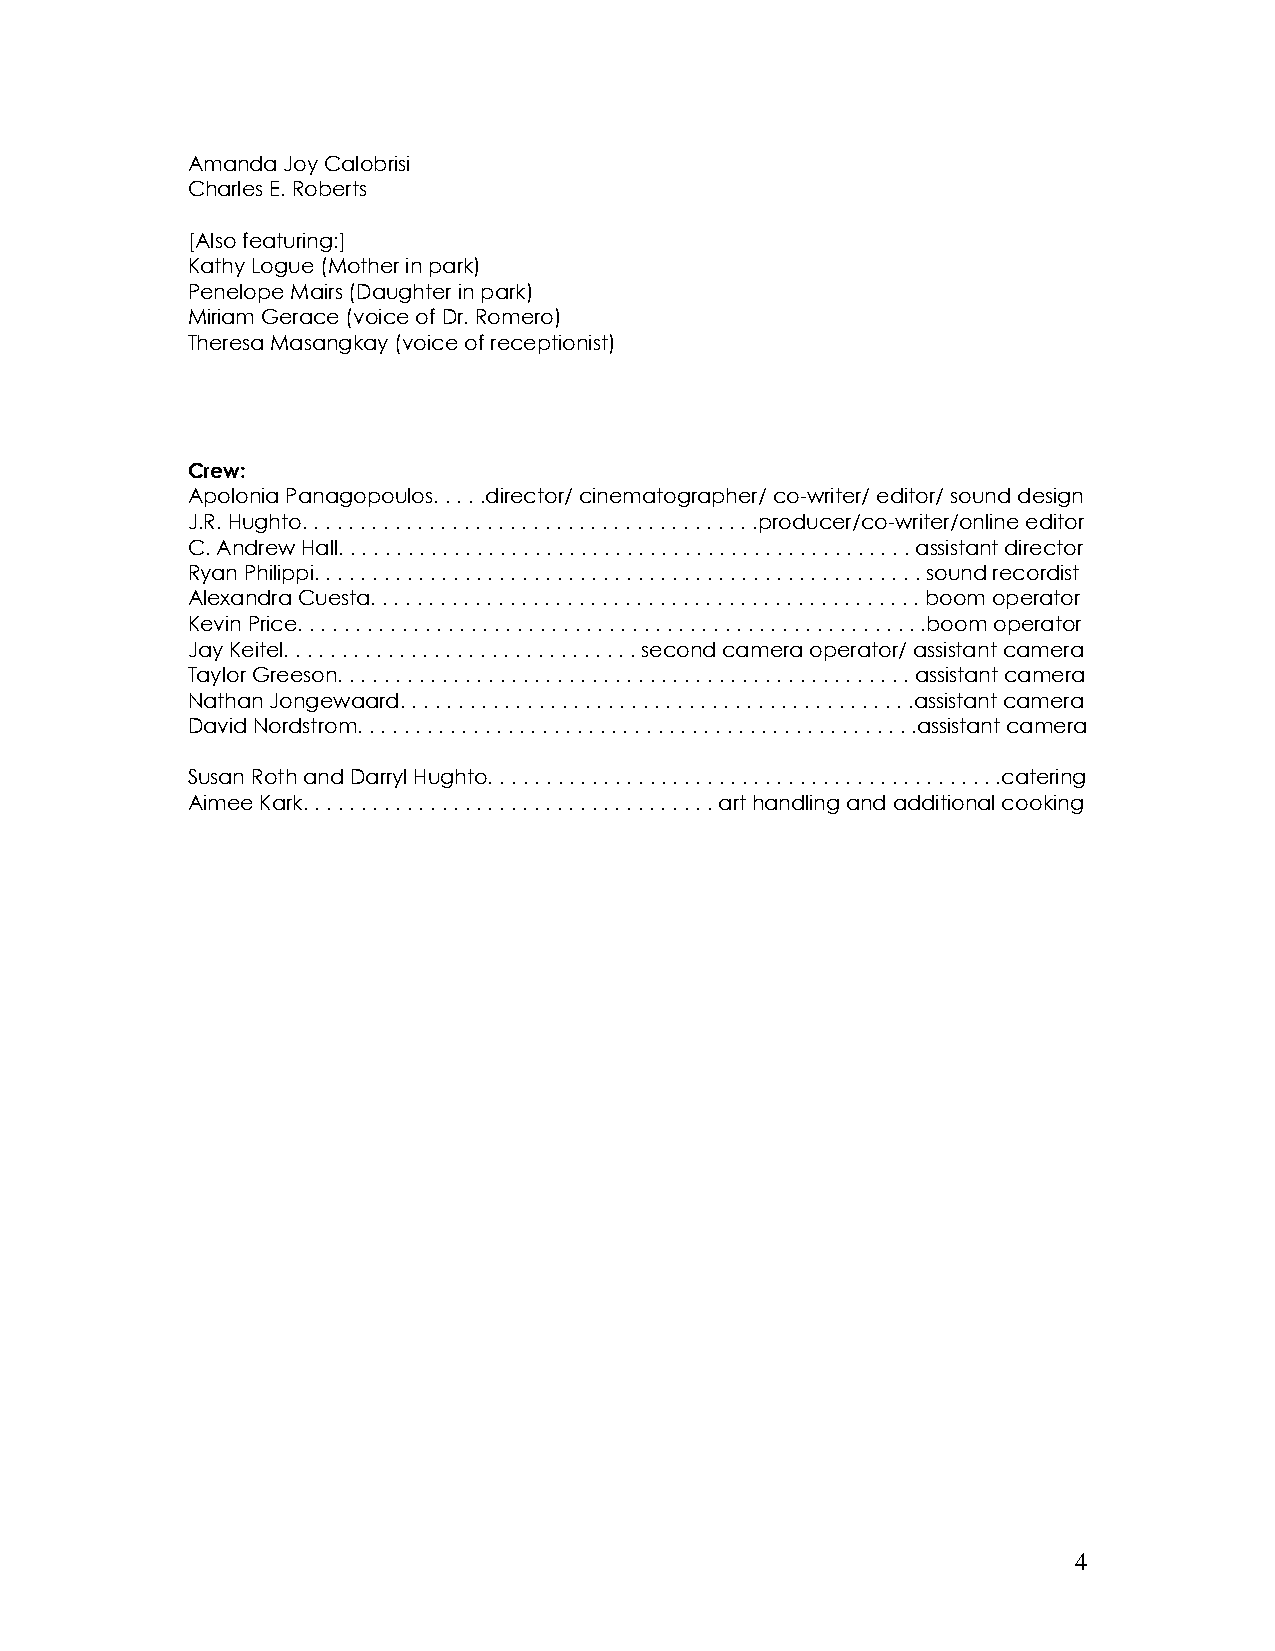
Amanda Joy Calobrisi
 Charles E. Roberts
 [Also featuring:]
 Kathy Logue (Mother in park)
 Penelope Mairs (Daughter in park)
 Miriam Gerace (voice of Dr. Romero)
 Theresa Masangkay (voice of receptionist)
 Crew:
 Apolonia Panagopoulos. . . . .director/ cinematographer/ co-writer/ editor/ sound design
 J.R. Hughto. . . . . . . . . . . . . . . . . . . . . . . . . . . . . . . . . . . . . . . .producer/co-writer/online editor
 C. Andrew Hall. . . . . . . . . . . . . . . . . . . . . . . . . . . . . . . . . . . . . . . . . . . . . . . . . . assistant director
 Ryan Philippi. . . . . . . . . . . . . . . . . . . . . . . . . . . . . . . . . . . . . . . . . . . . . . . . . . . . . sound recordist
 Alexandra Cuesta. . . . . . . . . . . . . . . . . . . . . . . . . . . . . . . . . . . . . . . . . . . . . . . . boom operator
 Kevin Price. . . . . . . . . . . . . . . . . . . . . . . . . . . . . . . . . . . . . . . . . . . . . . . . . . . . . . .boom operator
 Jay Keitel. . . . . . . . . . . . . . . . . . . . . . . . . . . . . . . second camera operator/ assistant camera
 Taylor Greeson. . . . . . . . . . . . . . . . . . . . . . . . . . . . . . . . . . . . . . . . . . . . . . . . . . assistant camera
 Nathan Jongewaard. . . . . . . . . . . . . . . . . . . . . . . . . . . . . . . . . . . . . . . . . . . . .assistant camera
 David Nordstrom. . . . . . . . . . . . . . . . . . . . . . . . . . . . . . . . . . . . . . . . . . . . . . . . .assistant camera
 Susan Roth and Darryl Hughto. . . . . . . . . . . . . . . . . . . . . . . . . . . . . . . . . . . . . . . . . . . . .catering
 Aimee Kark. . . . . . . . . . . . . . . . . . . . . . . . . . . . . . . . . . . . art handling and additional cooking
 4